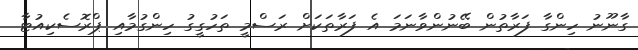
ގާނޫނު ހިންގާ ފަރާތުން ބޭނުންވާނަމަ އެ ފަރާތަކަށް ރަސްމީ ތަހުގީގު ހިންގުމާއި ޕްރޮސެކިއުޓާ